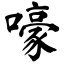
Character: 嚎